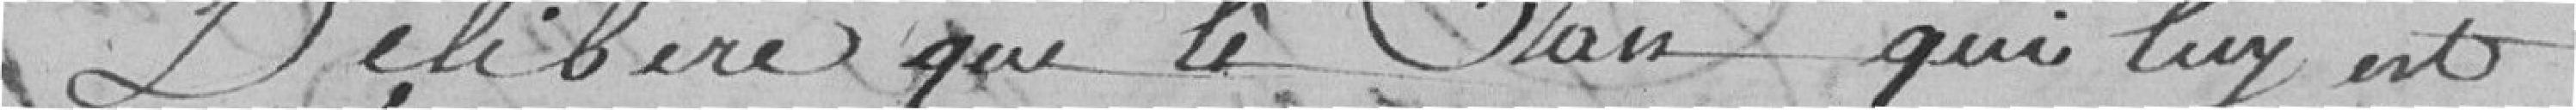
Délibère que le Plan qui lui est